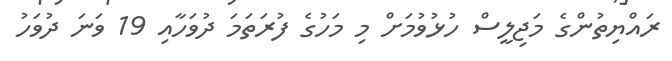
ރައްޔިތުންގެ މަޖިލީސް ހުޅުވުމަށް މި މަހުގެ ފުރަތަމަ ދުވަހާއި 19 ވަނަ ދުވަހު